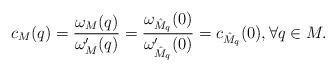
LaTeX: \begin{align*}c_M(q) = \frac{\omega_M(q)}{\omega_M'(q)} = \frac{\omega_{\hat{M}_q}(0)}{\omega'_{\hat{M}_q}(0)} = c_{\hat{M}_q}(0), \forall q \in M.\end{align*}